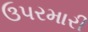
ઉપરમારી